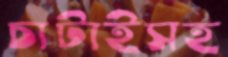
চাটাইসহ